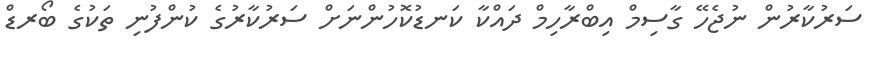
ސަރުކާރުން ނުޖެހޭ ގާސިމް އިބްރާހިމް ދައްކާ ކަނޑުކޮހުންނަށް ސަރުކާރުގެ ކުންފުނި ތަކުގެ ބޯރޑް